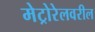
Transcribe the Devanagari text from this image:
मेट्रोरेलवरील